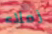
زملاء